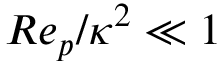
R e _ { p } / \kappa ^ { 2 } \ll 1